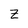
Character: Z